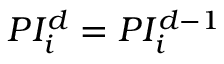
P I _ { i } ^ { d } = P I _ { i } ^ { d - 1 }